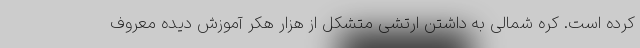
کرده است. کره شمالی به داشتن ارتشی متشکل از هزار هکر آموزش دیده معروف